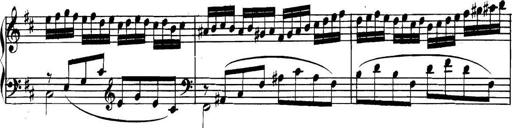
Title: Collected Piano Sonatas
Composer: Muzio Clementi